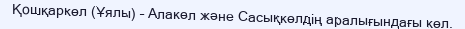
Қошқаркөл (Ұялы) – Алакөл және Сасықкөлдің аралығындағы көл.